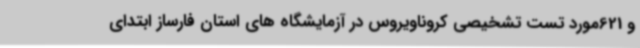
و 621مورد تست تشخیصی کروناویروس در آزمایشگاه های استان فارساز ابتدای